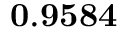
\mathbf { 0 . 9 5 8 4 }